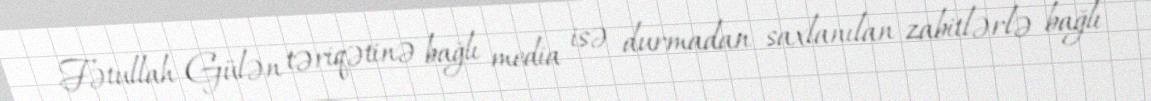
Fətullah Gülən təriqətinə bağlı media isə durmadan saxlanılan zabitlərlə bağlı